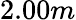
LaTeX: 2.00m